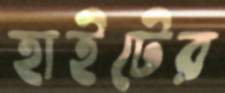
হাইটের